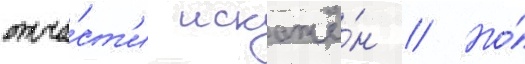
отча́ст'и искажё́н // Но́